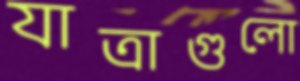
যাত্রাগুলো